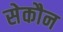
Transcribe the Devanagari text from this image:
सेकौन